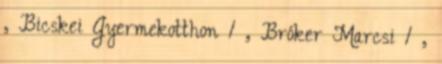
, Bicskei Gyermekotthon 1 , Bróker Marcsi 1 ,